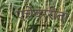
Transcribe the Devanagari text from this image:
एचेवररीता